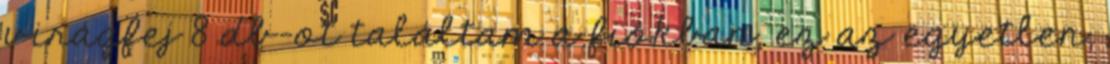
virágfej 8 db-ot találtam a fiókban, ez az egyetlen,